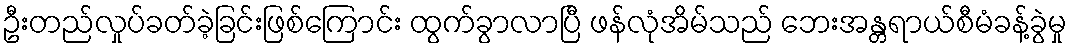
ဦးတည်လှုပ်ခတ်ခဲ့ခြင်းဖြစ်ကြောင်း ထွက်ခွာလာပြီ ဖန်လုံအိမ်သည် ဘေးအန္တရာယ်စီမံခန့်ခွဲမှု